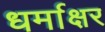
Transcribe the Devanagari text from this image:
धर्माक्षर